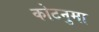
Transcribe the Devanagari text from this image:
कोटनुमा